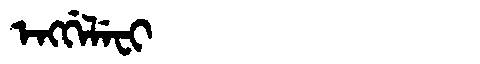
Manchu: ᡝᠩᡤᡝᠯᡝᠸᡳ
Romanization: ENGGELEFI